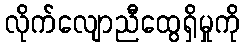
လိုက်လျောညီထွေရှိမှုကို